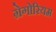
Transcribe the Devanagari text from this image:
ग्रेगोरियम